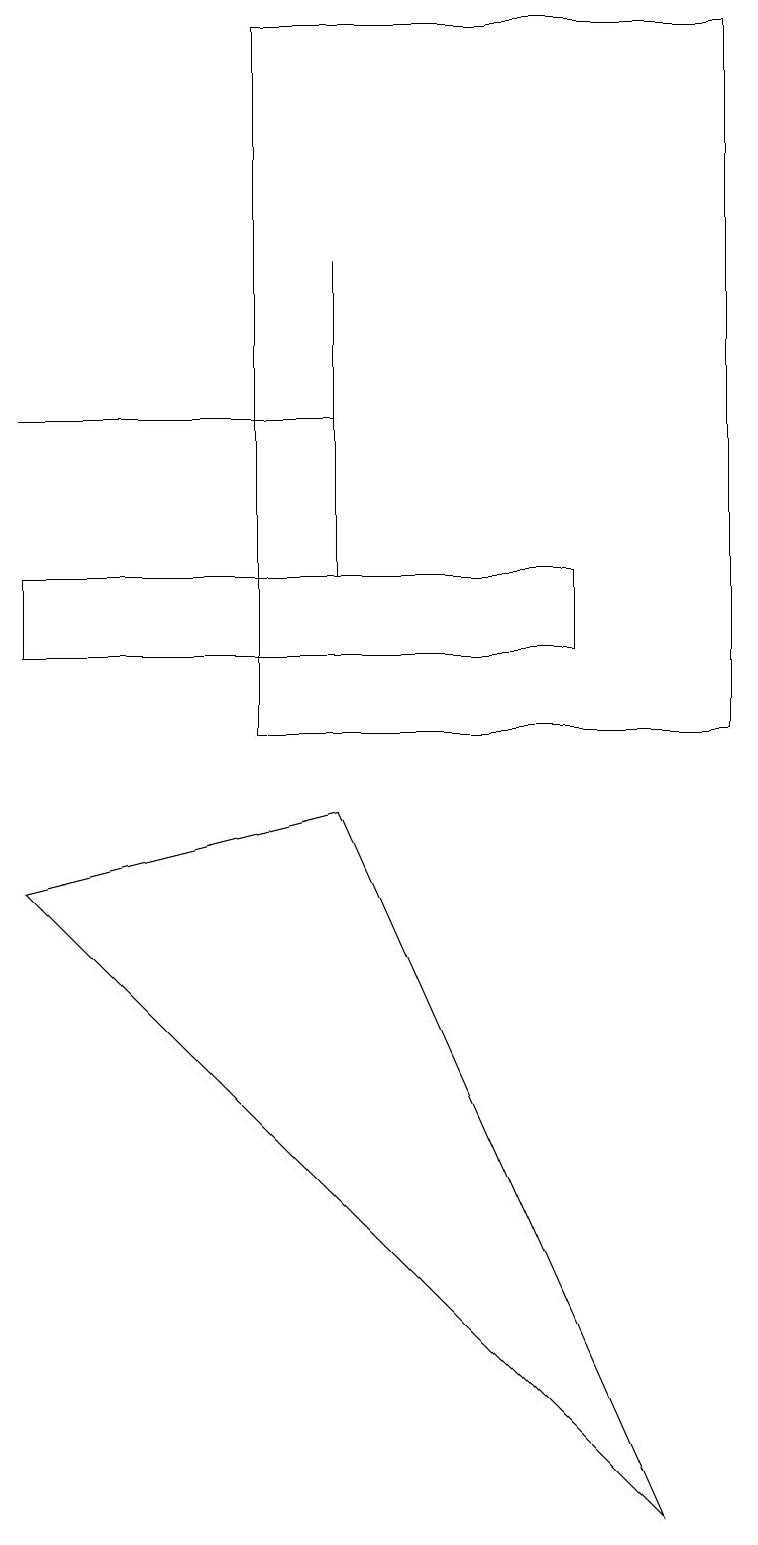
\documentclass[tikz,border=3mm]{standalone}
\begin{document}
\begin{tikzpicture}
\draw (9,19) rectangle (3,10);
\draw (4,12) rectangle (4,16);
\draw (7,11) rectangle (0,12);
\draw (0,14) rectangle (4,14);
\draw (0,8) -- (8,0) -- (4,9) -- cycle;
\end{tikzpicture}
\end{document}